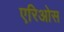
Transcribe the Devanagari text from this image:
एरिओस